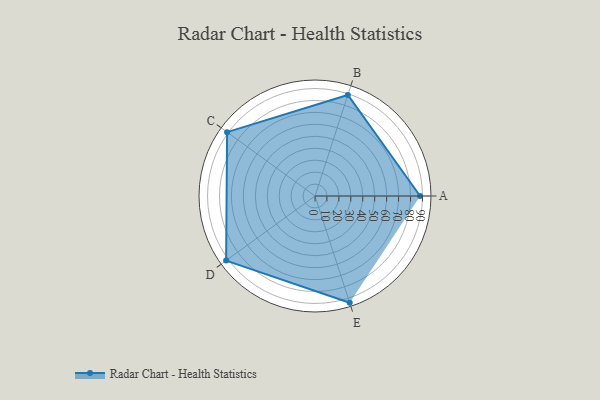
{"axis": {"x": "Skill", "y": "Score"}, "legend": ["Profile"], "data": [{"x": "A", "y": 88.0, "type": "Profile"}, {"x": "B", "y": 89.0, "type": "Profile"}, {"x": "C", "y": 91.0, "type": "Profile"}, {"x": "D", "y": 92.0, "type": "Profile"}, {"x": "E", "y": 94.0, "type": "Profile"}]}